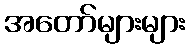
အတော်များများ